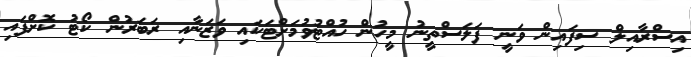
އިސްރާއިލް ސިފައިން ވަނީ ފަލަސްތީނު މީހުން ހުއްޓުވުމަށްޓަކައި ވަޒަނާއި ރަބަރުން ކޯޓު ކޮށްފައި